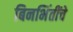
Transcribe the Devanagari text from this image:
बिनभिंतींचे